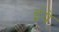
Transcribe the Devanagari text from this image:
ईये